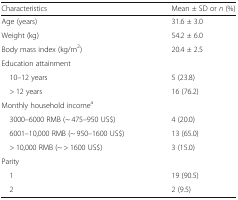
<table><thead><tr><td><b>Characteristics</b></td><td><b>Mean ± SD or <i>n</i> (%)</b></td></tr></thead><tbody><tr><td>Age (years)</td><td>31.6 ± 3.0</td></tr><tr><td>Weight (kg)</td><td>54.2 ± 6.0</td></tr><tr><td>Body mass index (kg/m<sup>2</sup>)</td><td>20.4 ± 2.5</td></tr><tr><td colspan="2">Education attainment</td></tr><tr><td> 10–12 years</td><td>5 (23.8)</td></tr><tr><td> &gt; 12 years</td><td>16 (76.2)</td></tr><tr><td colspan="2">Monthly household income<sup>a</sup></td></tr><tr><td> 3000–6000 RMB (~ 475–950 US$)</td><td>4 (20.0)</td></tr><tr><td> 6001–10,000 RMB (~ 950–1600 US$)</td><td>13 (65.0)</td></tr><tr><td> &gt; 10,000 RMB (~ &gt; 1600 US$)</td><td>3 (15.0)</td></tr><tr><td colspan="2">Parity</td></tr><tr><td> 1</td><td>19 (90.5)</td></tr><tr><td> 2</td><td>2 (9.5)</td></tr></tbody></table>